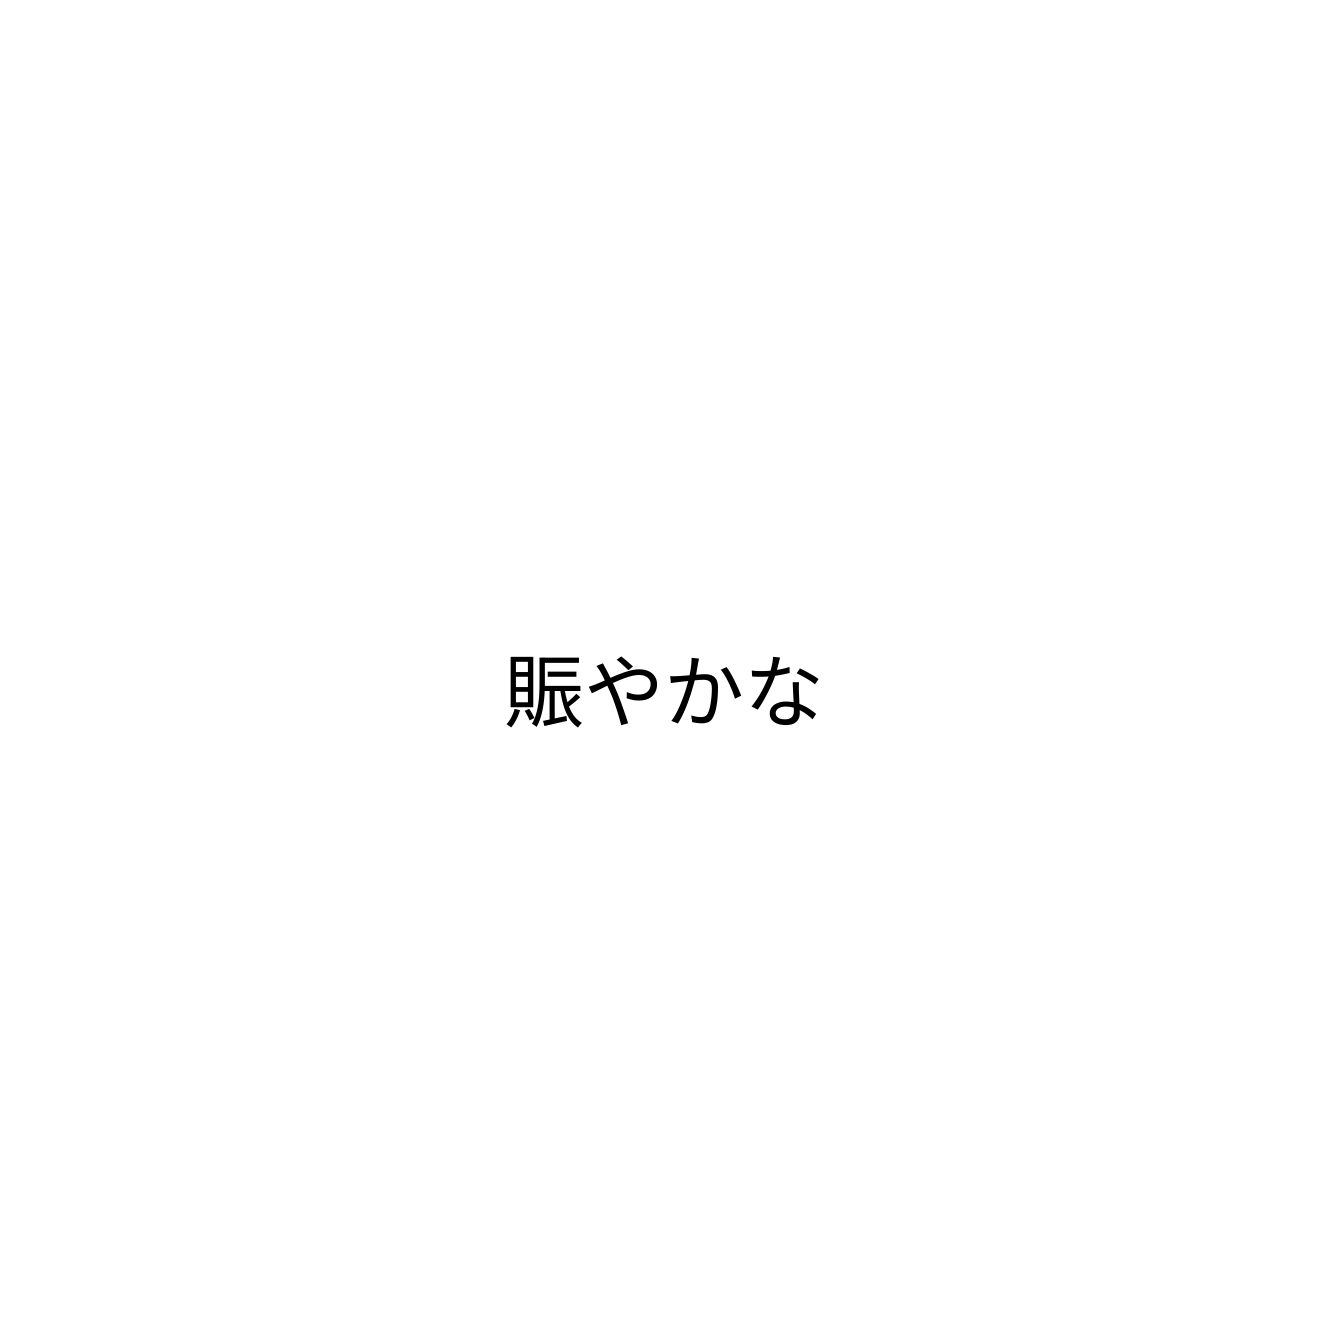
賑やかな